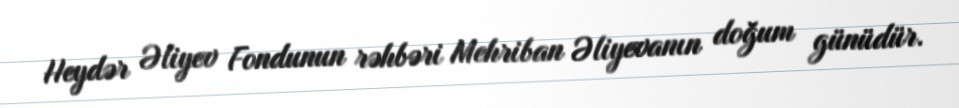
Heydər Əliyev Fondunun rəhbəri Mehriban Əliyevanın doğum günüdür.